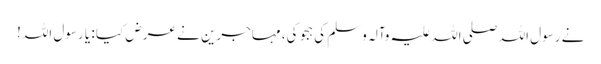
نے رسول اللہ صلی اللہ علیہ وآلہ وسلم کی ہجو کی، مہاجرین نے عرض کیا : یا رسول اللہ!